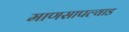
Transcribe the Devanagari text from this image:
माणसापल्याड